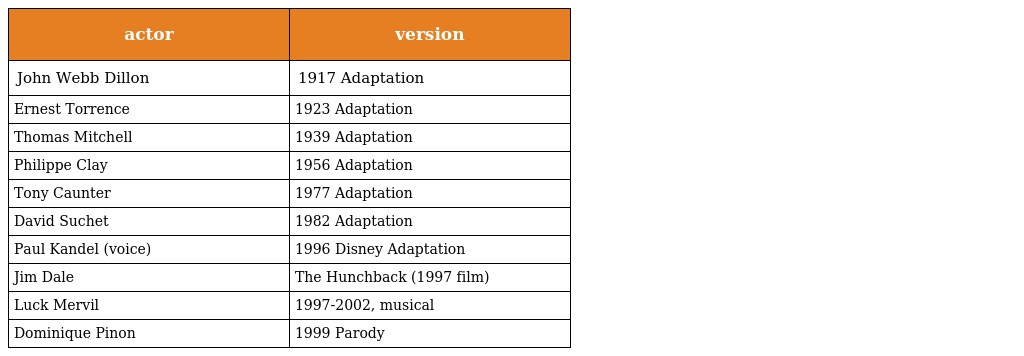
| actor | version |
 | --- | --- |
 | John Webb Dillon | 1917 Adaptation |
 | Ernest Torrence | 1923 Adaptation |
 | Thomas Mitchell | 1939 Adaptation |
 | Philippe Clay | 1956 Adaptation |
 | Tony Caunter | 1977 Adaptation |
 | David Suchet | 1982 Adaptation |
 | Paul Kandel (voice) | 1996 Disney Adaptation |
 | Jim Dale | The Hunchback (1997 film) |
 | Luck Mervil | 1997-2002, musical |
 | Dominique Pinon | 1999 Parody |